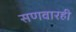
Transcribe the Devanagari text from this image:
सणवारही